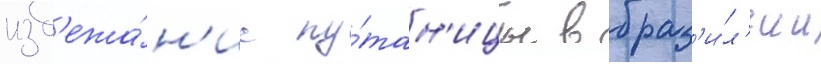
изб'ежа́н'ие пу́тан'ицы в браз'и́л'ии